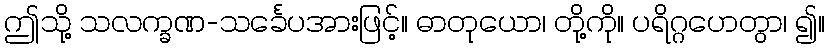
ဤသို့ သလက္ခဏ-သင်္ခေပအားဖြင့်။ ဓာတုယော၊ တို့ကို။ ပရိဂ္ဂဟေတွာ၊ ၍။